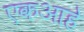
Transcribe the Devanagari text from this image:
एकआहे